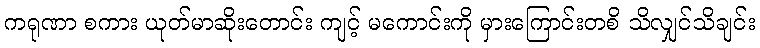
ကရုဏာ စကား ယုတ်မာဆိုးတောင်း ကျင့် မကောင်းကို မှားကြောင်းတစိ သိလျှင်သိချင်း